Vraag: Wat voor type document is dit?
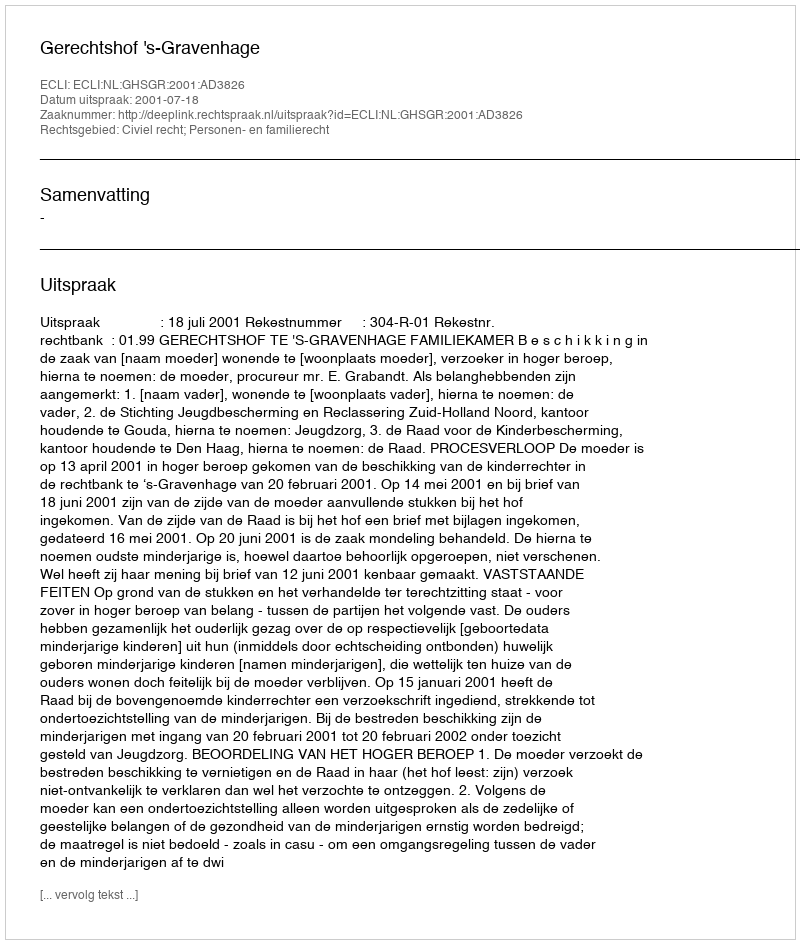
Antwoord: Uitspraak